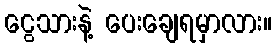
ငွေသားနဲ့ ပေးချေရမှာလား။